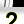
Digit: 2